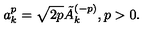
a _ { k } ^ { p } = \sqrt { 2 p } \tilde { A } _ { k } ^ { ( - p ) } , p > 0 .